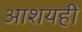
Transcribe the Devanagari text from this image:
आशयही